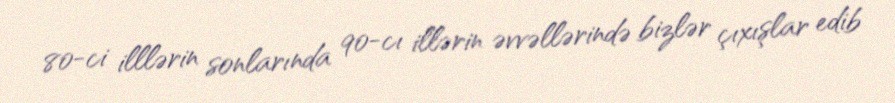
80-ci illlərin sonlarında 90-cı illərin əvvəllərində bizlər çıxışlar edib